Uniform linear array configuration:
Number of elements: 8
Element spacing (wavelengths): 0.5
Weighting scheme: exponential
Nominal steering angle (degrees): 0
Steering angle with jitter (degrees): -0.619
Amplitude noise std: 0.05
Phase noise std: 0.05

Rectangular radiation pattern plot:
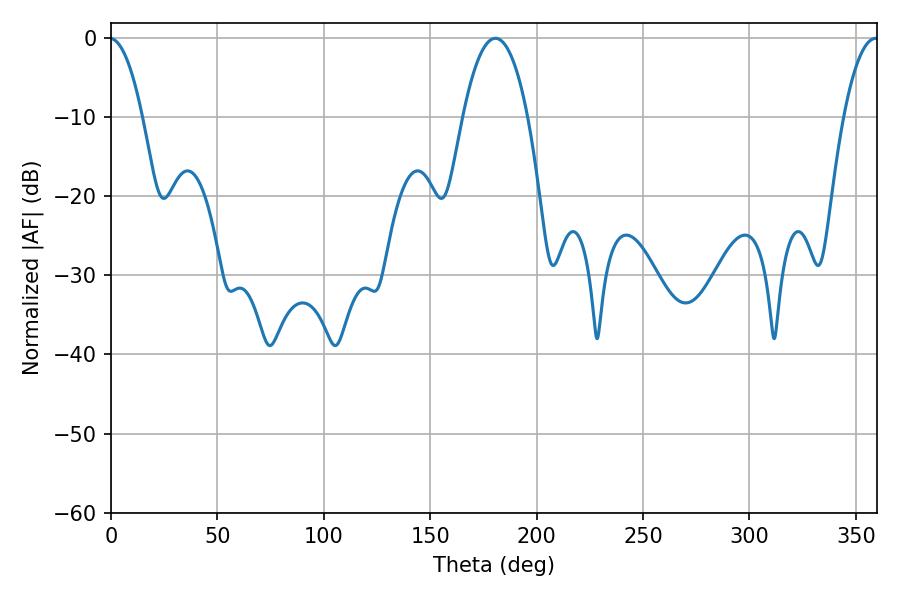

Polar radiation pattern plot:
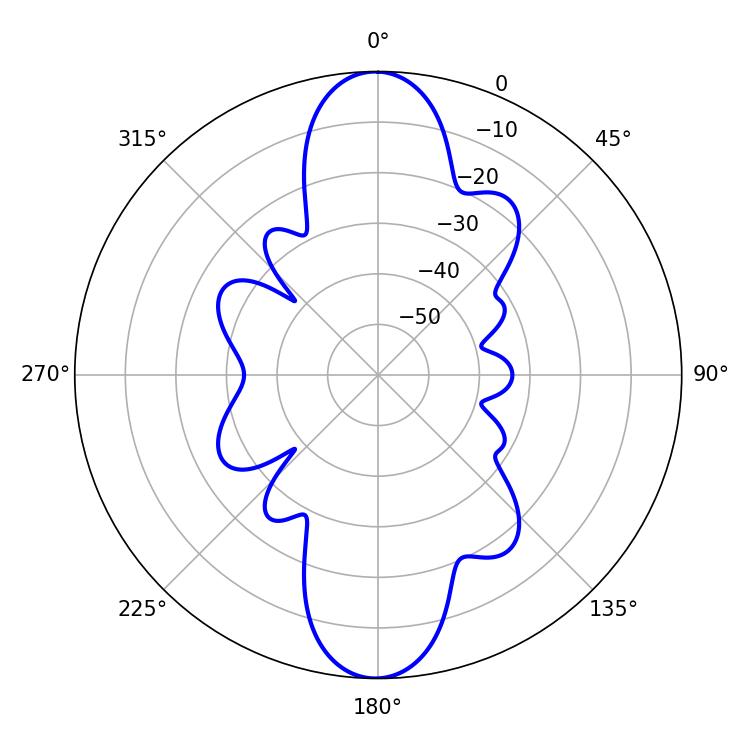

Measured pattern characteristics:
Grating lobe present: FALSE
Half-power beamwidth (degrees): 16.92
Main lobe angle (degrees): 180.72